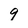
Character: 9